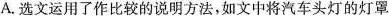
A.选文运用了作比较的说明方法，如文中将汽车头灯的灯罩